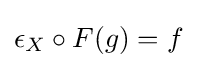
\epsilon _{X}\circ F(g)=f